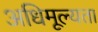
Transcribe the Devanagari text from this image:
अधिमूल्यता